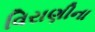
વિરાણીના